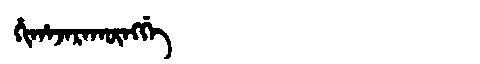
Manchu: ᡥᡳᡥᠠᠵᠠᡵᠠᡴᡡᠩᡤᡝ
Romanization: HIHAJARAKŪNGGE